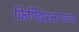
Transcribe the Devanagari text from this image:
किर्गिझस्तानाच्या